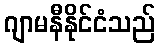
ဂျာမနီနိုင်ငံသည်